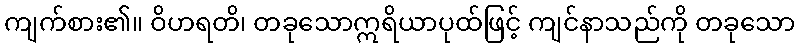
ကျက်စား၏။ ဝိဟရတိ၊ တခုသောဣရိယာပုထ်ဖြင့် ကျင်နာသည်ကို တခုသော